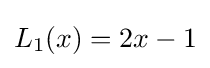
L_{1}(x)=2x-1